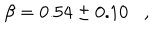
LaTeX: \beta = 0 . 5 4 \pm 0 . 1 0 \, \, \, \, \, , \, \, \, \, \,